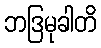
ဘဒြမုခါတိ